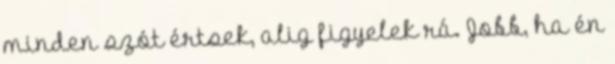
minden szót értsek, alig figyelek rá. Jobb, ha én